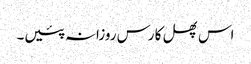
اس پھل کا رس روزانہ پئیں۔